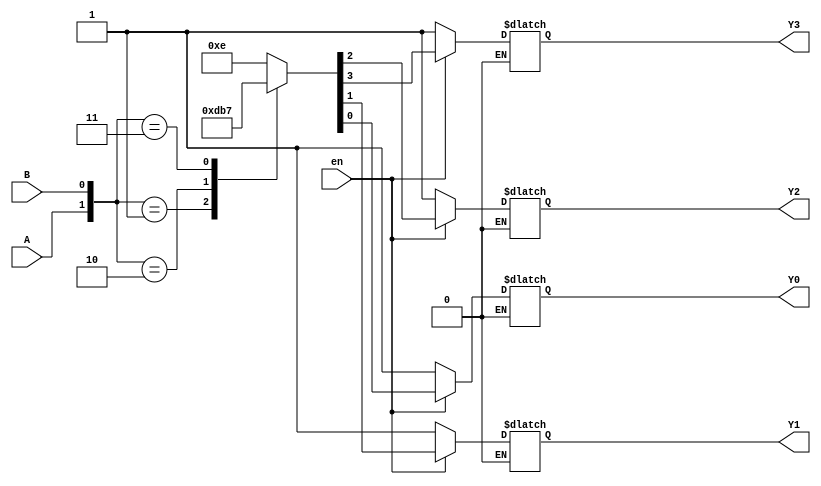
module decoder_2to4(Y3, Y2, Y1, Y0, A, B, en);
output reg Y3, Y2, Y1, Y0;
input A, B; input en;

always @(A or B or en) 
begin
if (en == 1'b1)
	case({A,B})
		2'b00: {Y3, Y2, Y1, Y0} = 4'b1110; //active low outputs
		2'b01: {Y3, Y2, Y1, Y0} = 4'b1101;
		2'b10: {Y3, Y2, Y1, Y0} = 4'b1011;
		2'b11: {Y3, Y2, Y1, Y0} = 4'b0111;
		default: {Y3, Y2, Y1, Y0} = 4'bxxxx;
	endcase
if (en == 0)
	{Y3, Y2, Y1, Y0} = 4'b1111;
end
endmodule